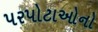
પરપોટાઓનો